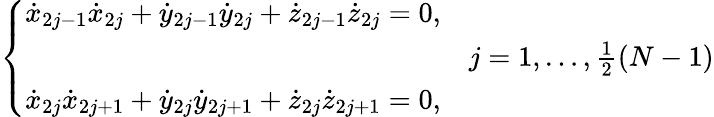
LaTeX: \left\{ \begin{array}{ll}{{\dot{x}}_{2j-1}{\dot{x}}_{2j}+{\dot{y}}_{2j-1}{\dot{y}}_{2j}+{\dot{z}}_{2j-1}{\dot{z}}_{2j}=0,}&\\ &{j=1,\dots,\frac{1}{2}(N-1)}\\ {{\dot{x}}_{2j}{\dot{x}}_{2j+1}+{\dot{y}}_{2j}{\dot{y}}_{2j+1}+{\dot{z}}_{2j}{\dot{z}}_{2j+1}=0,}\end{array}\right.